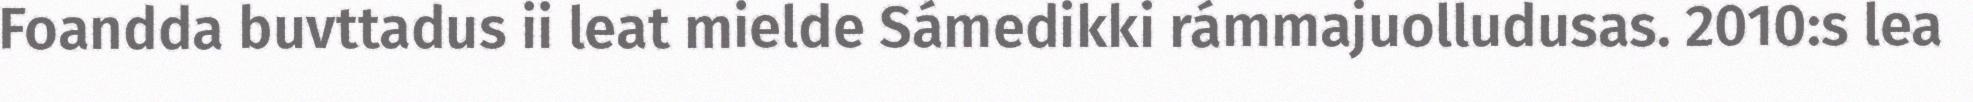
Foandda buvttadus ii leat mielde Sámedikki rámmajuolludusas. 2010:s lea